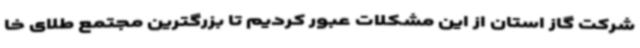
شرکت گاز استان از این مشکلات عبور کردیم تا بزرگترین مجتمع طلای خا